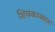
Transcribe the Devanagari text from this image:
शिवकाव्यात